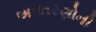
અવતરણોની